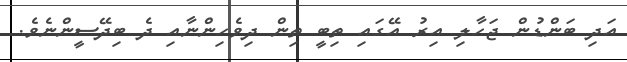
އަދި ބަންޑުން ޖަހާލި އިރު އޭގައި ތިބީ ތިން ދިވެހިންނާއި ދެ ބިދޭސީންނެވެ.